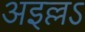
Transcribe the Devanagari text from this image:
अइल्लऽ